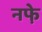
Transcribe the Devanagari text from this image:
नफे़